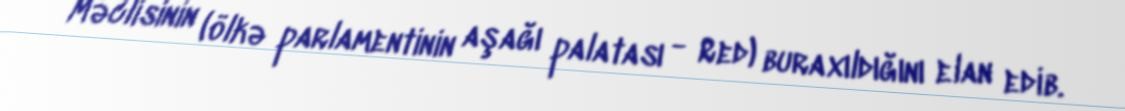
Məclisinin (ölkə parlamentinin aşağı palatası - Red) buraxıldığını elan edib.